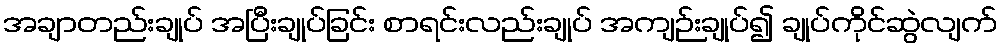
အချာတည်းချုပ် အပြီးချုပ်ခြင်း စာရင်းလည်းချုပ် အကျဉ်းချုပ်၍ ချုပ်ကိုင်ဆွဲလျက်